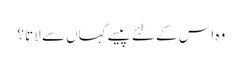
وہ اس کے لئے پیسے کہاں سے لاتا ؟